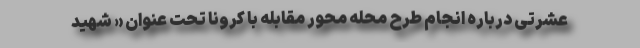
عشرتی درباره انجام طرح محله محور مقابله با کرونا تحت عنوان « شهید